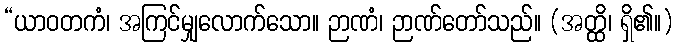
“ယာဝတကံ၊ အကြင်မျှလောက်သော။ ဉာဏံ၊ ဉာဏ်တော်သည်။ (အတ္ထိ၊ ရှိ၏။)